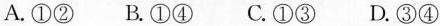
A.①② B.①④ C.①③ D.③④